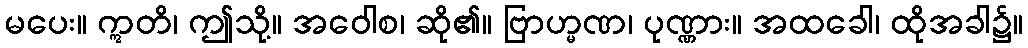
မပေး။ ဣတိ၊ ဤသို့။ အဝေါစ၊ ဆို၏။ ဗြာဟ္မဏ၊ ပုဏ္ဏား။ အထခေါ၊ ထိုအခါ၌။